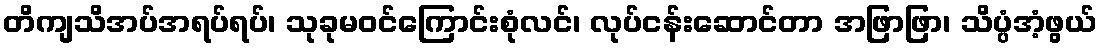
တိကျသိအပ်အရပ်ရပ်၊ သုခုမဝင်ကြောင်းစုံလင်၊ လုပ်ငန်းဆောင်တာ အဖြာဖြာ၊ သိပ္ပံအံ့ဖွယ်